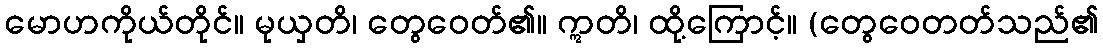
မောဟကိုယ်တိုင်။ မုယှတိ၊ တွေဝေတ်၏။ ဣတိ၊ ထို့ကြောင့်။ (တွေဝေတတ်သည်၏